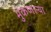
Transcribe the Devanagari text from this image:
भुंकणाऱ्या